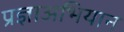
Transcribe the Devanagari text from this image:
प्रज्ञाअभियान